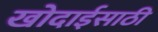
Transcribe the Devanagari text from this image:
खोदाईसाठी